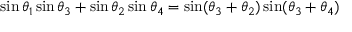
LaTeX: \sin \theta _ { 1 } \sin \theta _ { 3 } + \sin \theta _ { 2 } \sin \theta _ { 4 } = \sin ( \theta _ { 3 } + \theta _ { 2 } ) \sin ( \theta _ { 3 } + \theta _ { 4 } )